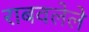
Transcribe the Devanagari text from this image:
राबवलेले